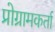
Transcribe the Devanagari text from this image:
प्रोग्रामकर्ता